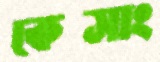
কেসাং